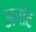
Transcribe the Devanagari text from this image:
अर्मांट